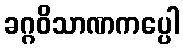
ခဂ္ဂဝိသာဏကပ္ပေါ